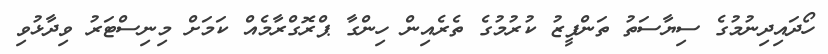
ހޯދައިދިނުުމުގެ ސިޔާސަތު ތަންފީޒު ކުރުމުގެ ތެރެއިން ހިންގާ ޕްރޮގްރާމެއް ކަމަށް މިނިސްޓަރު ވިދާޅުވި